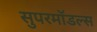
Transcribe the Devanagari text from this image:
सुपरमॉडल्स